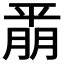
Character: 𫷚